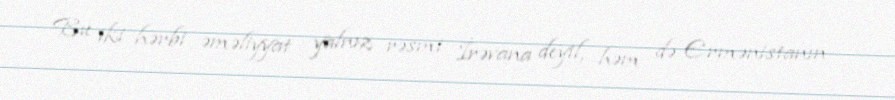
Bu iki hərbi əməliyyat yalnız rəsmi İrəvana deyil, həm də Ermənistanın